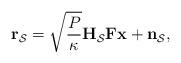
LaTeX: \begin{align*}\mathbf{r}_{\mathcal{S}} =\sqrt{\frac{P}{\kappa}}\mathbf{H}_{\mathcal{S}}\mathbf{F}\mathbf{x}+ \mathbf{n}_{\mathcal{S}},\end{align*}